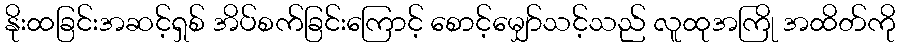
နိုးထခြင်းအဆင့်ရှစ် အိပ်စက်ခြင်းကြောင့် စောင့်မျှော်သင့်သည် လူထုအကြို အထိတ်ကို